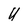
Character: U